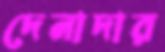
দেনাদার